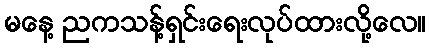
မနေ့ ညကသန့်ရှင်းရေးလုပ်ထားလို့လေ။